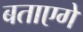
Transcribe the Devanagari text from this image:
बताएगें